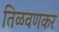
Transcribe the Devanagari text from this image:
तिळवणकर